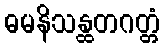
ဓမနိသန္ထတဂတ္တံ